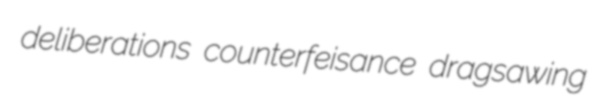
deliberations counterfeisance dragsawing